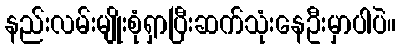
နည်းလမ်းမျိုးစုံရှာပြီးဆက်သုံးနေဦးမှာပါပဲ။